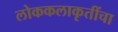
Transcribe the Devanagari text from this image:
लोककलाकृतींचा